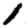
Digit: 1